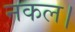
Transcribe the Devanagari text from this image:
नकल।